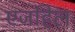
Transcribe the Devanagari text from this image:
एजहिल